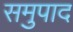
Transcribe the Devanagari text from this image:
समुपाद